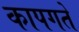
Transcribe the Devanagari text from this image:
कापगते